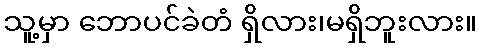
သူ့မှာ ဘောပင်ခဲတံ ရှိလား၊မရှိဘူးလား။